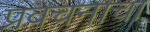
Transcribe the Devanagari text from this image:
प्रवचनाचा